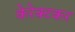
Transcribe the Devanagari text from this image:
केरेक्टकर